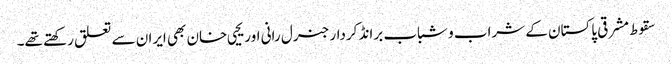
سقوط مشرقی پاکستان کے شراب و شباب برانڈ کردار جنرل رانی اور یحیی خان بھی ایران سے تعلق رکھتے تھے۔